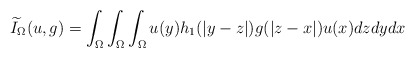
\begin{align*}\widetilde{I}_{\Omega}(u,g)=\int_{\Omega}\int_{\Omega}\int_{\Omega}u(y)h_{1}(|y-z|)g(|z-x|)u(x)dzdydx\end{align*}